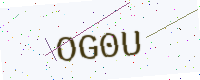
Text: OG0U